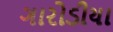
ગારોડીયા